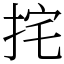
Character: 挓